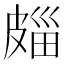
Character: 㿳